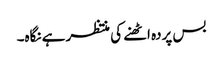
بس پردہ اٹھنے کی منتظر ہے نگاہ۔